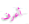
أعرف